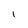
Character: l